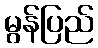
မွန်ပြည်